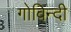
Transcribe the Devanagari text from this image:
गोविन्दी